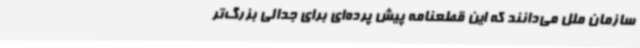
سازمان ملل می‌دانند که این قطعنامه پیش پرده‌ای برای جدالی بزرگ‌تر